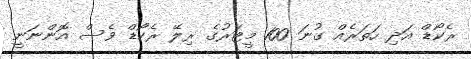
ރެކޯޑް އަދި ހަތަރެއް ގުނަ 100 މީޓަރުގެ ރިލޭ ރެކޯޑް ވެސް އޮންނަނީ